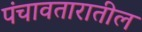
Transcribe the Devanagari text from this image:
पंचावतारातील